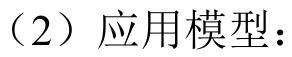
（2）应用模型：